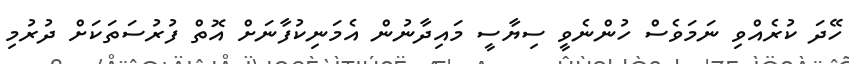
ހޭދަ ކުރެއްވި ނަމަވެސް ހުންނެވީ ސިޔާސީ މައިދާނުން އެމަނިކުފާނަށް އޮތް ފުރުސަތަކަށް ދުރުމި